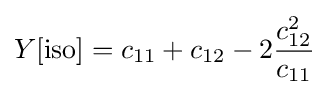
Y[\mathrm {iso} ]=c_{11}+c_{12}-2{\frac {c_{12}^{2}}{c_{11}}}